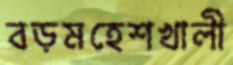
বড়মহেশখালী